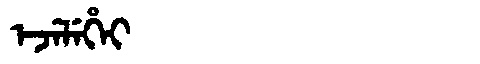
Manchu: ᡝᠵᡝᠯᡝᡥᡝᡳ
Romanization: EJELEHEI